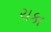
ચકા